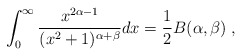
\begin{align*}\int_{0}^{\infty}\frac{x^{2 \alpha-1}}{(x^{2}+1)^{\alpha+\beta}}d x =\frac{1}{2}B(\alpha,\beta)\; ,\end{align*}